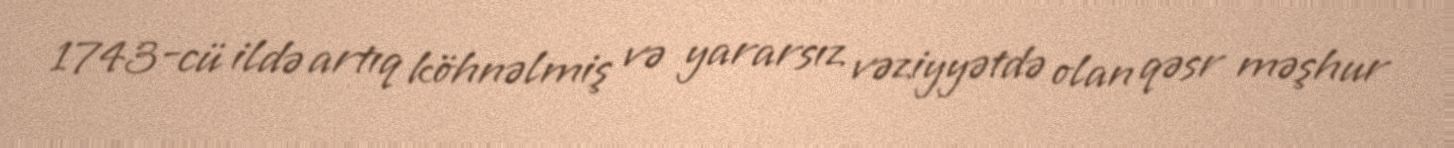
1743-cü ildə artıq köhnəlmiş və yararsız vəziyyətdə olan qəsr məşhur